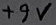
Text: +9V